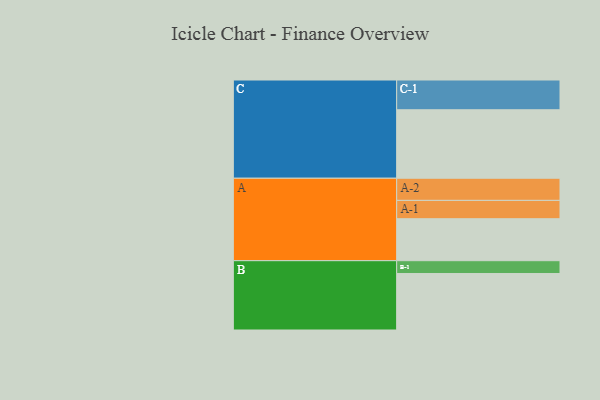
{"axis": {"x": "Segment", "y": "Value"}, "legend": ["", "A", "B", "C"], "data": [{"x": "A", "y": 364, "type": ""}, {"x": "B", "y": 490, "type": ""}, {"x": "C", "y": 594, "type": ""}, {"x": "A-1", "y": 159, "type": "A"}, {"x": "A-2", "y": 192, "type": "A"}, {"x": "B-1", "y": 111, "type": "B"}, {"x": "C-1", "y": 258, "type": "C"}]}